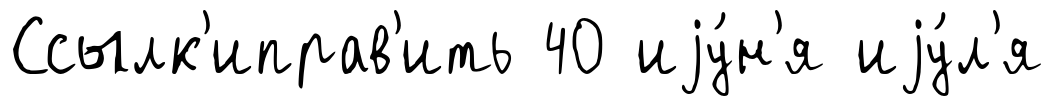
Ссылк'иправ'ить 40 иjу́н'я иjу́л'я